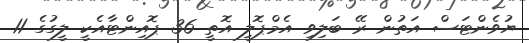
ޔުވެންޓަސް އަތުން ރޭ ބަލިވި އެމްޕޮލީ އޮތީ 36 ޕޮއިންޓާއެކީ ލީގުގެ 11